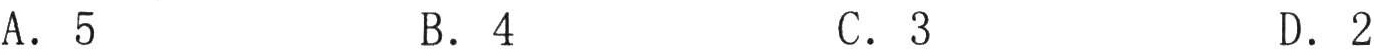
\(A\). \(5\)  \(\qquad B\). \(4\)  \(\qquad C\). \(3\)  \(\qquad D\). \(2\)